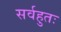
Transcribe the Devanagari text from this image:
सर्वहुतः